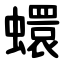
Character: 蠉